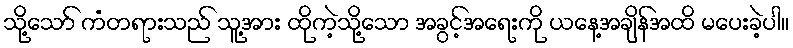
သို့သော် ကံတရားသည် သူ့အား ထိုကဲ့သို့သော အခွင့်အရေးကို ယနေ့အချိန်အထိ မပေးခဲ့ပါ။